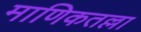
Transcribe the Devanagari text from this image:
माणिकतल्ला